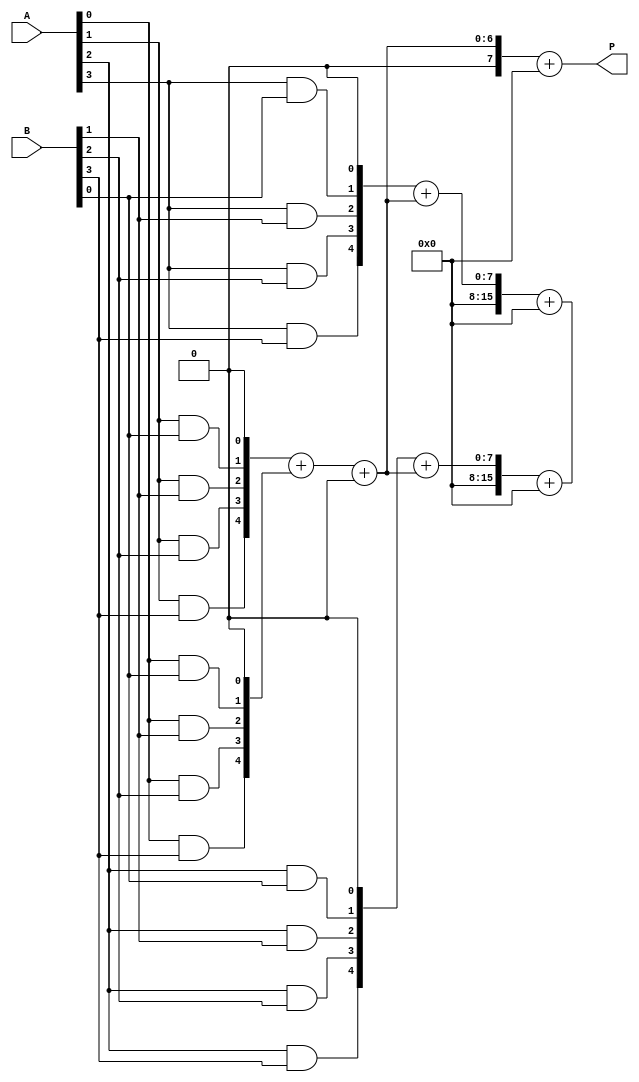
module wallace_tree_multiplier #(parameter N = 4) (
    input [N-1:0] A,
    input [N-1:0] B,
    output [2*N-1:0] P
);
    wire [N-1:0] pp[N-1:0]; // Partial products
    wire [2*N-1:0] sum [N-1:0]; // Sums at each stage
    wire [2*N-1:0] carry [N-1:0]; // Carries at each stage

    // Generate partial products
    genvar i, j;
    generate
        for (i = 0; i < N; i = i + 1) begin : pp_gen
            for (j = 0; j < N; j = j + 1) begin : pp_bit
                assign pp[i][j] = A[i] & B[j];
            end
        end
    endgenerate

    // Wallace tree reduction
    // First stage: Combine partial products using half and full adders
    wire [2*N-1:0] temp_sum, temp_carry;
    for (i = 0; i < N; i = i + 1) begin : reduction_stage
        if (i == 0) begin
            assign sum[i] = {pp[i], 1'b0}; // Initial sum
            assign carry[i] = 0; // No carry in the first stage
        end else begin
            // Full adder for three inputs
            wire [2*N-1:0] a = {pp[i], 1'b0};
            wire [2*N-1:0] b = sum[i-1];
            wire [2*N-1:0] c = carry[i-1];

            // Combine three inputs
            assign {temp_carry, temp_sum} = a + b + c;

            // Store result in next stage
            assign sum[i] = temp_sum;
            assign carry[i] = temp_carry;
        end
    end

    // Final addition stage
    wire [2*N-1:0] final_sum;
    wire [2*N-1:0] final_carry;
    assign {final_carry, final_sum} = sum[N-1] + carry[N-1];

    // Output the final product
    assign P = final_sum;

endmodule